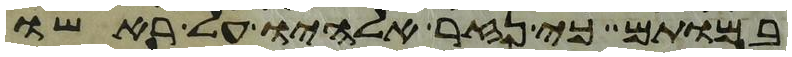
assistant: במותם כי נזר אלהיו על ראשו